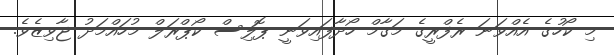
މި ކޯހުގެ އެއްވަނަ ރެފްރީގެ މަގާމް ހޯދާފައިވަނީ ޕޮލިސް ކޯޕްރަލް މުހައްމަދު ޖާވިޒެވެ.